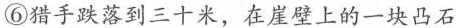
⑥猎手跌落到三十米，在崖壁上的一块凸石